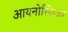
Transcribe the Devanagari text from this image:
आयनोस्फिअर